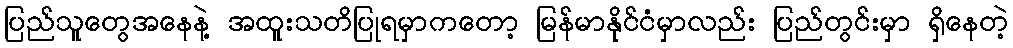
ပြည်သူတွေအနေနဲ့ အထူးသတိပြုရမှာကတော့ မြန်မာနိုင်ငံမှာလည်း ပြည်တွင်းမှာ ရှိနေတဲ့